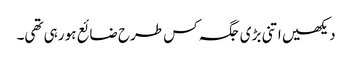
دیکھیں اتنی بڑی جگہ کس طرح ضائع ہو رہی تھی۔